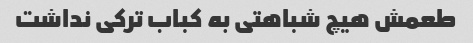
طعمش هیچ شباهتی به کباب ترکی نداشت